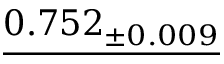
\underline { { 0 . 7 5 2 _ { \pm 0 . 0 0 9 } } }